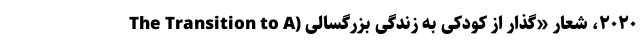
۲۰۲۰، شعارِ «گذار از کودکی به زندگی بزرگسالی (The Transition to A